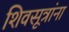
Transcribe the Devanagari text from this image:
शिवसूत्रांना